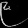
Digit: ၉